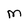
Character: M